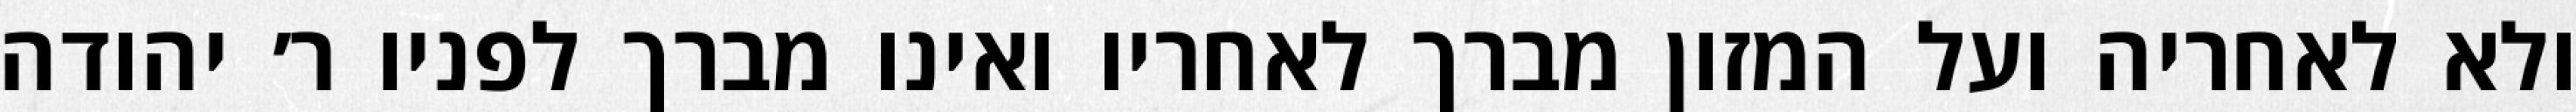
ולא לאחריה ועל המזון מברך לאחריו ואינו מברך לפניו ר׳ יהודה